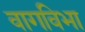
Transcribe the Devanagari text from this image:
वागविभा